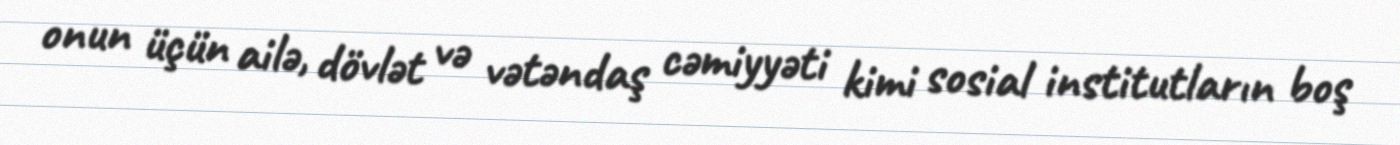
onun üçün ailə, dövlət və vətəndaş cəmiyyəti kimi sosial institutların boş